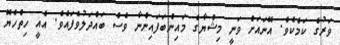
ވަރުގެ ކަމެކެވެ. އޭނައަށް ވަނީ މިޝްޔާގެ މައިންބަފައިންނާ ވެސް ބައްދަލުވެފައެވެ. އެއީ ހިތްހެޔޮ